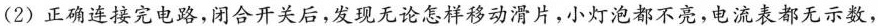
(2)正确连接完电路，闭合开关后，发现无论怎样移动滑片，小灯泡都不亮，电流表都无示数，